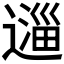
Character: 𬩆